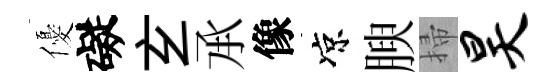
優礙𤣥𠄘像凉腴掃昊